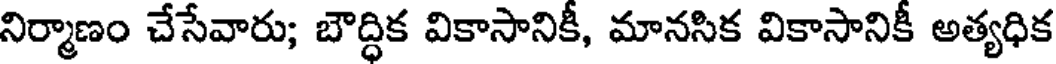
నిర్మాణం చేసేవారు; బౌద్ధిక వికాసానికీ, మానసిక వికాసానికీ అత్యధిక